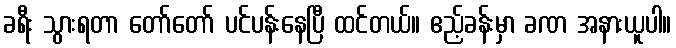
ခရီး သွားရတာ တော်တော် ပင်ပန်းနေပြီ ထင်တယ်။ ဧည့်ခန်းမှာ ခဏ အနားယူပါ။